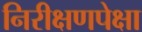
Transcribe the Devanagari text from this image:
निरीक्षणपेक्षा